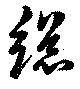
総